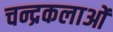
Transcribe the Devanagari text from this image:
चन्द्रकलाओं